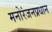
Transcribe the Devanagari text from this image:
मनोरंजनप्रधान